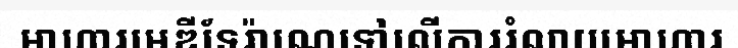
អាហារមេឌីទែរ៉ាណេទៅលើការរំលាយអាហារ